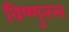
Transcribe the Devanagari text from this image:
विष्णुतत्त्व